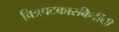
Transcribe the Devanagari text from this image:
चित्रपटकारकिर्दीची